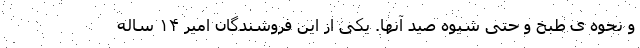
و نحوه ی طبخ و حتی شیوه صید آنها. یکی از این فروشندگان امیر ۱۴ ساله